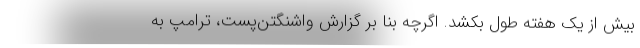
بیش از یک هفته طول بکشد. اگرچه بنا بر گزارش واشنگتن‌پست، ترامپ به